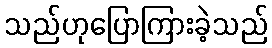
သည်ဟုပြောကြားခဲ့သည်